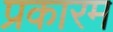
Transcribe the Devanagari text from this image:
प्रकारम